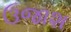
ઉજાશ